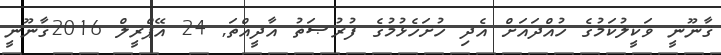
ޤާނޫނީ ވަކީލުކަމުގެ ހުއްދައަށް އެދި ހުށަހެޅުމުގެ ފުރުޞަތު އާދީއްތަ